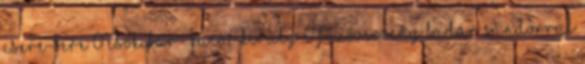
csere-bere 0 Csokibár- Kacor király 0 Főzőverseny Badár Sándorral